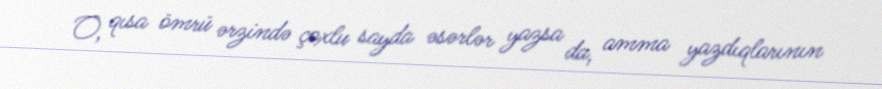
O, qısa ömrü ərzində çoxlu sayda əsərlər yazsa da, amma yazdıqlarının